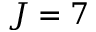
J = 7